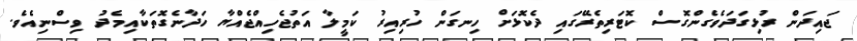
ޖައިދަން ރުޅިގަދަވެގެންގޮސް ކޮޓަރިތެރޭގައި ދެކޮޅަށް ހިނގަން ހުރިއިރު ކަމީލާ އަތުޖެހިއްޖެއްޔާ ހަދާނެގޮތަކާއިމެދު ވިސްނިއެވެ.